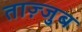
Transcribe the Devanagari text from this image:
ताज़्जुब